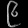
Digit: ၉